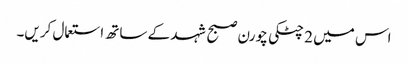
اس میں 2 چٹکی چورن صبح شہد کے ساتھ استعمال کریں۔